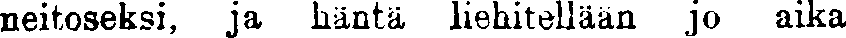
neitoseksi, ja häntä liehitellään jo aika